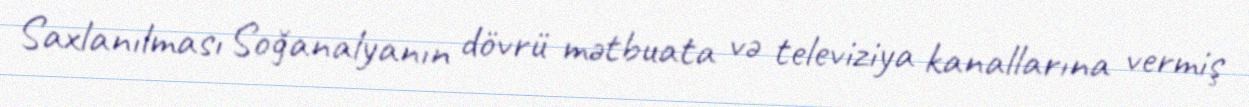
Saxlanılması Soğanalyanın dövrü mətbuata və televiziya kanallarına vermiş